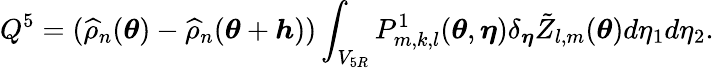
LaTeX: Q^{5}=(\widehat{\rho}_{n}({\boldsymbol{\theta}})-\widehat{\rho}_{n}({\boldsymbol{\theta}}+{\boldsymbol{h}}))\int_{V_{5R}}P_{m,k,l}^{1}({\boldsymbol{\theta}},{\boldsymbol{\eta}})\delta_{{\boldsymbol{\eta}}}\tilde{Z}_{l,m}({\boldsymbol{\theta}})d\eta_{1}d\eta_{2}.